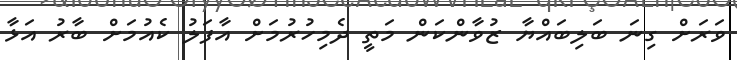
ވަރަށް ގިނަ ބަލިބައްޔާ ޒުވާންކަން މަތީ ދެމިހުރުމަށް އާފަލު ކެއުމަށް ބާރު އަޅާ